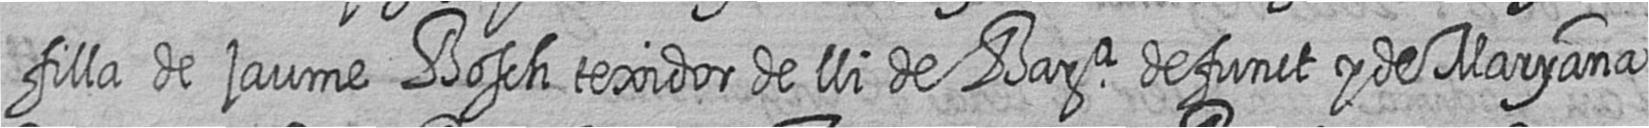
filla de jaume Bosch texidor de lli de Bara defunct y de Maryana